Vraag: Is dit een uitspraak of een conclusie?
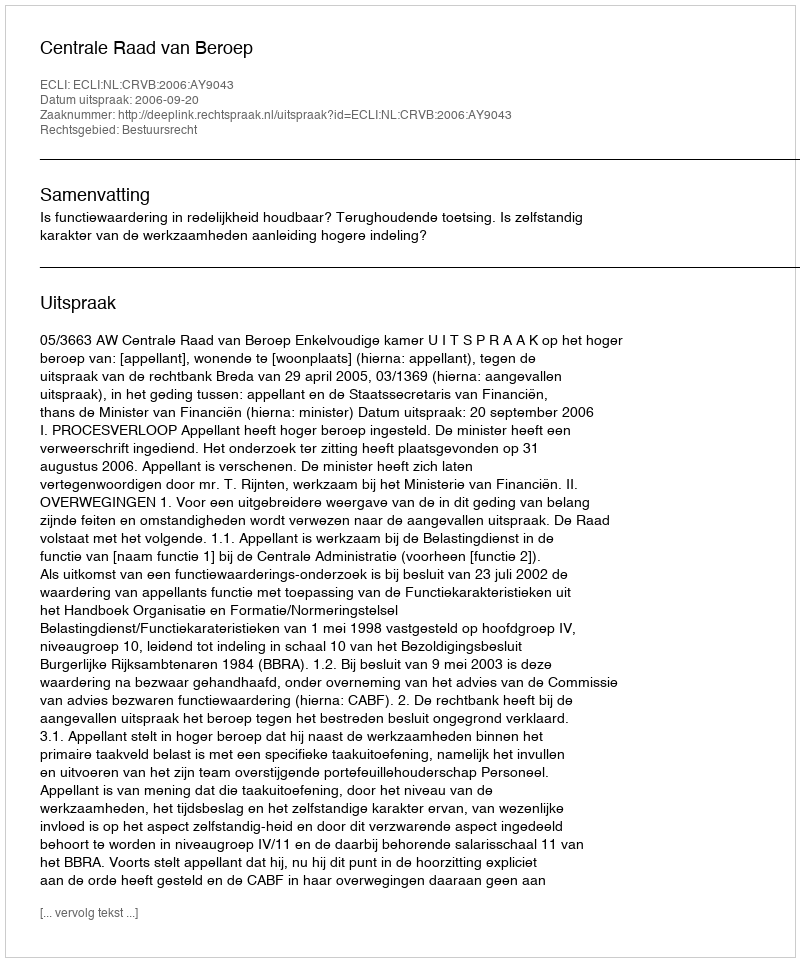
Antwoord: Uitspraak